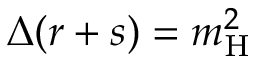
\Delta ( r + s ) = m _ { \mathrm { H } } ^ { 2 }